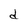
Character: d